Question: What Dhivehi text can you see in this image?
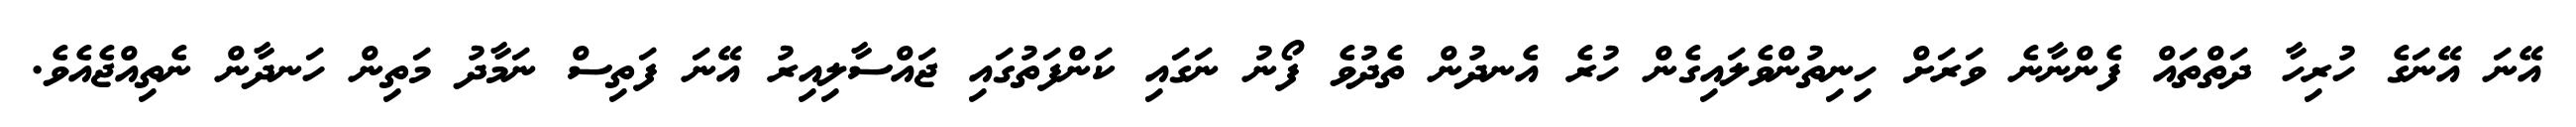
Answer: އޭނަ އޭނަގެ ހުރިހާ ދަތްތައް ފެންނާނެ ވަރަށް ހިނިތުންވެލައިގެން ހުރެ އެނދުން ތެދުވެ ފޯނު ނަގައި ކަންފަތުގައި ޖައްސާލިއިރު އޭނަ ފަތިސް ނަމާދު މަތިން ހަނދާން ނެތިއްޖެއެވެ.